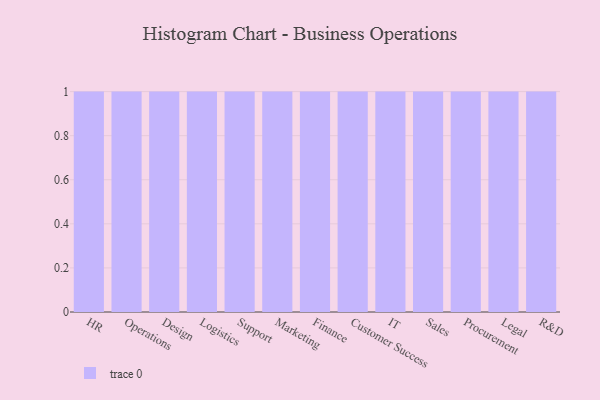
{"axis": {"x": "Department", "y": "Inventory Turnover"}, "legend": [""], "data": [{"x": "HR", "y": 6, "type": ""}, {"x": "Operations", "y": 40, "type": ""}, {"x": "Design", "y": 95, "type": ""}, {"x": "Logistics", "y": 21, "type": ""}, {"x": "Support", "y": 85, "type": ""}, {"x": "Marketing", "y": 9, "type": ""}, {"x": "Finance", "y": 11, "type": ""}, {"x": "Customer Success", "y": 25, "type": ""}, {"x": "IT", "y": 90, "type": ""}, {"x": "Sales", "y": 44, "type": ""}, {"x": "Procurement", "y": 63, "type": ""}, {"x": "Legal", "y": 86, "type": ""}, {"x": "R&D", "y": 17, "type": ""}]}